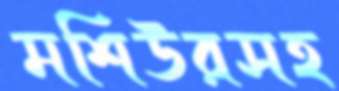
মশিউরসহ